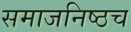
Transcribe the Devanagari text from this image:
समाजनिष्ठच